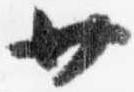
廿